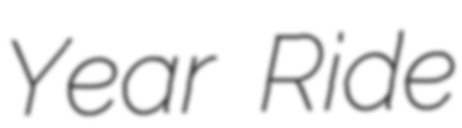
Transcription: Year Ride